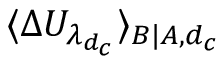
\langle \Delta U _ { \lambda _ { d _ { c } } } \rangle _ { B | A , d _ { c } }